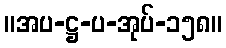
။အပ-ဋ္ဌ-ပ-အုပ်-၁၅၈။